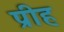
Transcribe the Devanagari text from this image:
प्रीह